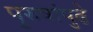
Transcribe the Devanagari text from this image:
पुरुषांपुढे